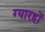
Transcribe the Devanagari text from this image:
ग्यारहों